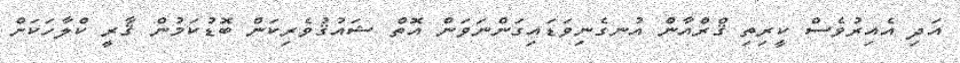
އަދި އެއިރުވެސް ކީރިތި ޤްރްއާން އުނގެނިވަޑައިގަންނަވަން އޮތް ޝައުޤުވެރިކަން ބޮޑުކަމުން ޤާރީ ކްލާހަކަށް